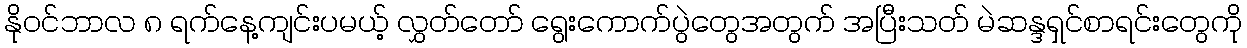
နိုဝင်ဘာလ ၈ ရက်နေ့ကျင်းပမယ့် လွှတ်တော် ရွေးကောက်ပွဲတွေအတွက် အပြီးသတ် မဲဆန္ဒရှင်စာရင်းတွေကို